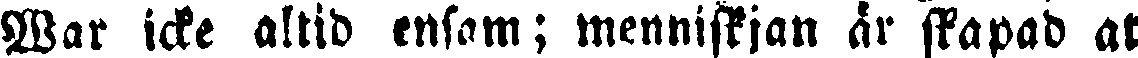
War icke altid ensam; menniskjan är skapad at